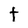
Character: t